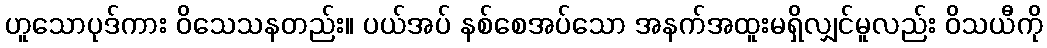
ဟူသောပုဒ်ကား ဝိသေသနတည်း။ ပယ်အပ် နစ်စေအပ်သော အနက်အထူးမရှိလျှင်မူလည်း ဝိသယီကို